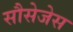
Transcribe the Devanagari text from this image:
सौसेजेस